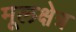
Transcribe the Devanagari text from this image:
मूलक्षेत्र